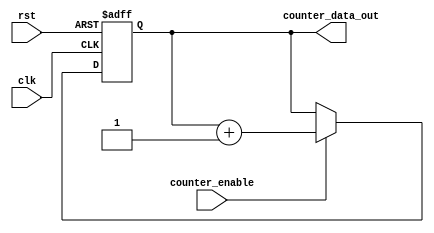
`timescale 1ns / 1ps
//////////////////////////////////////////////////////////////////////////////////
// Company: 
// Engineer: 
// 
// Design Name: 
// Module Name: Counter
// Project Name: 
// Target Devices: 
// Tool Versions: 
// Description: 
// 
// Dependencies: 
// 
// Revision:
// Revision 0.01 - File Created
// Additional Comments:
// 
//////////////////////////////////////////////////////////////////////////////////


module Counter(clk, rst, counter_enable, counter_data_out);
	parameter DATA_BITS = 32;
	input clk, rst, counter_enable;
	output reg[DATA_BITS-1:0] counter_data_out=0;


	always @(posedge clk or posedge rst) 
		begin
			if(rst)
				counter_data_out <= 0;
			else if(counter_enable)
				counter_data_out <= counter_data_out + 1;
		end
endmodule